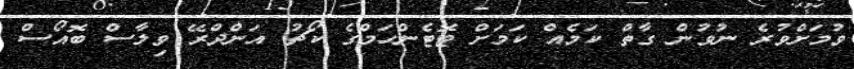
ވުމަށްވުރެ ނުވުން ގާތް ކަމެއް ކަމަށް ޓޮޓެންހަމްގެ ކޯޗު އަންދްރޭ ވިލާސް ބޮއޯސް